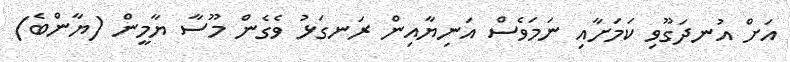
އަށް އުނދަގޫވި ކަމަށާއި ނަމަވެސް އަނިޔާއިން ރަނގަޅު ވެގެން މޫސާ ޔާމީން (ޔާންބެ)